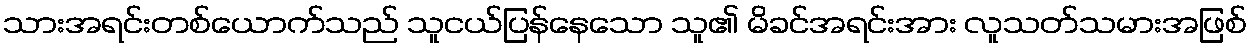
သားအရင်းတစ်ယောက်သည် သူငယ်ပြန်နေသော သူ၏ မိခင်အရင်းအား လူသတ်သမားအဖြစ်